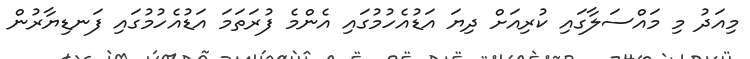
މިއަދު މި މައްސަލާގައި ކުރިއަށް ދިޔަ އަޑުއެހުމުގައި އެންމެ ފުރަތަމަ އަޑުއެހުމުގައި ފަނޑިޔާރުން